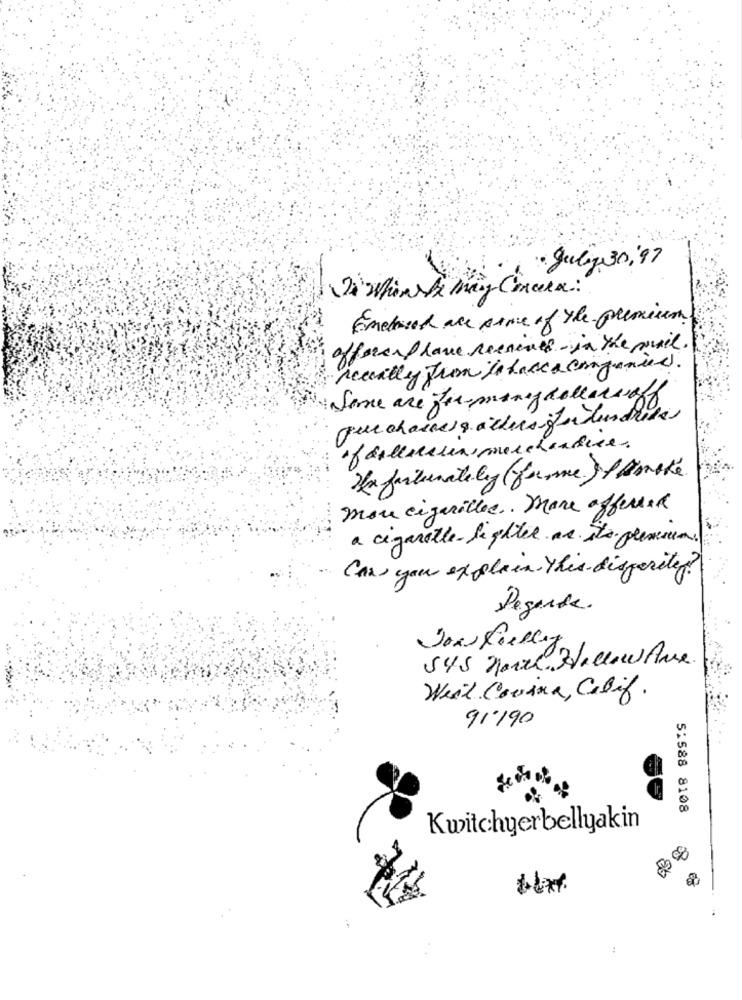
Julia 30,97
Enclosed are some of the premium
offerend have Received in the sunil.
recently Jun to face a companies.
Some are formanadollarsoff
que chaises q achers j'ai bundle
In farbenately (frome. ) 1 Amake.
mon cigarilles .. More affected
a cigarette-le gliter ar. ste plenum.
Can you explain this disperity?
Degarde.
545 North Hallow Are.
Weil Courna, Calif.
91190
5:588 8108
Kwitchyerbellyakin
: